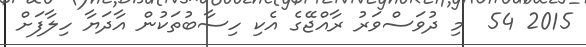
2015 54  މި ދުވަސްވަރު ރާއްޖޭގެ އެކި ހިސާބުތަކުން އާދަޔާ ހިލާފަށް